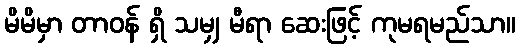
မိမိမှာ တာဝန် ရှိ သမျှ မီရာ ဆေးဖြင့် ကုမရမည်သာ။